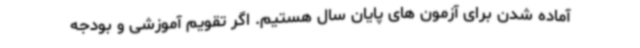
آماده شدن برای آزمون های پایان سال هستیم. اگر تقویم آموزشی و بودجه